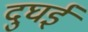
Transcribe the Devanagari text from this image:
दुघई